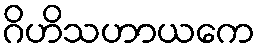
ဂိဟိသဟာယကေ